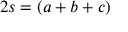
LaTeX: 2 s = ( a + b + c )